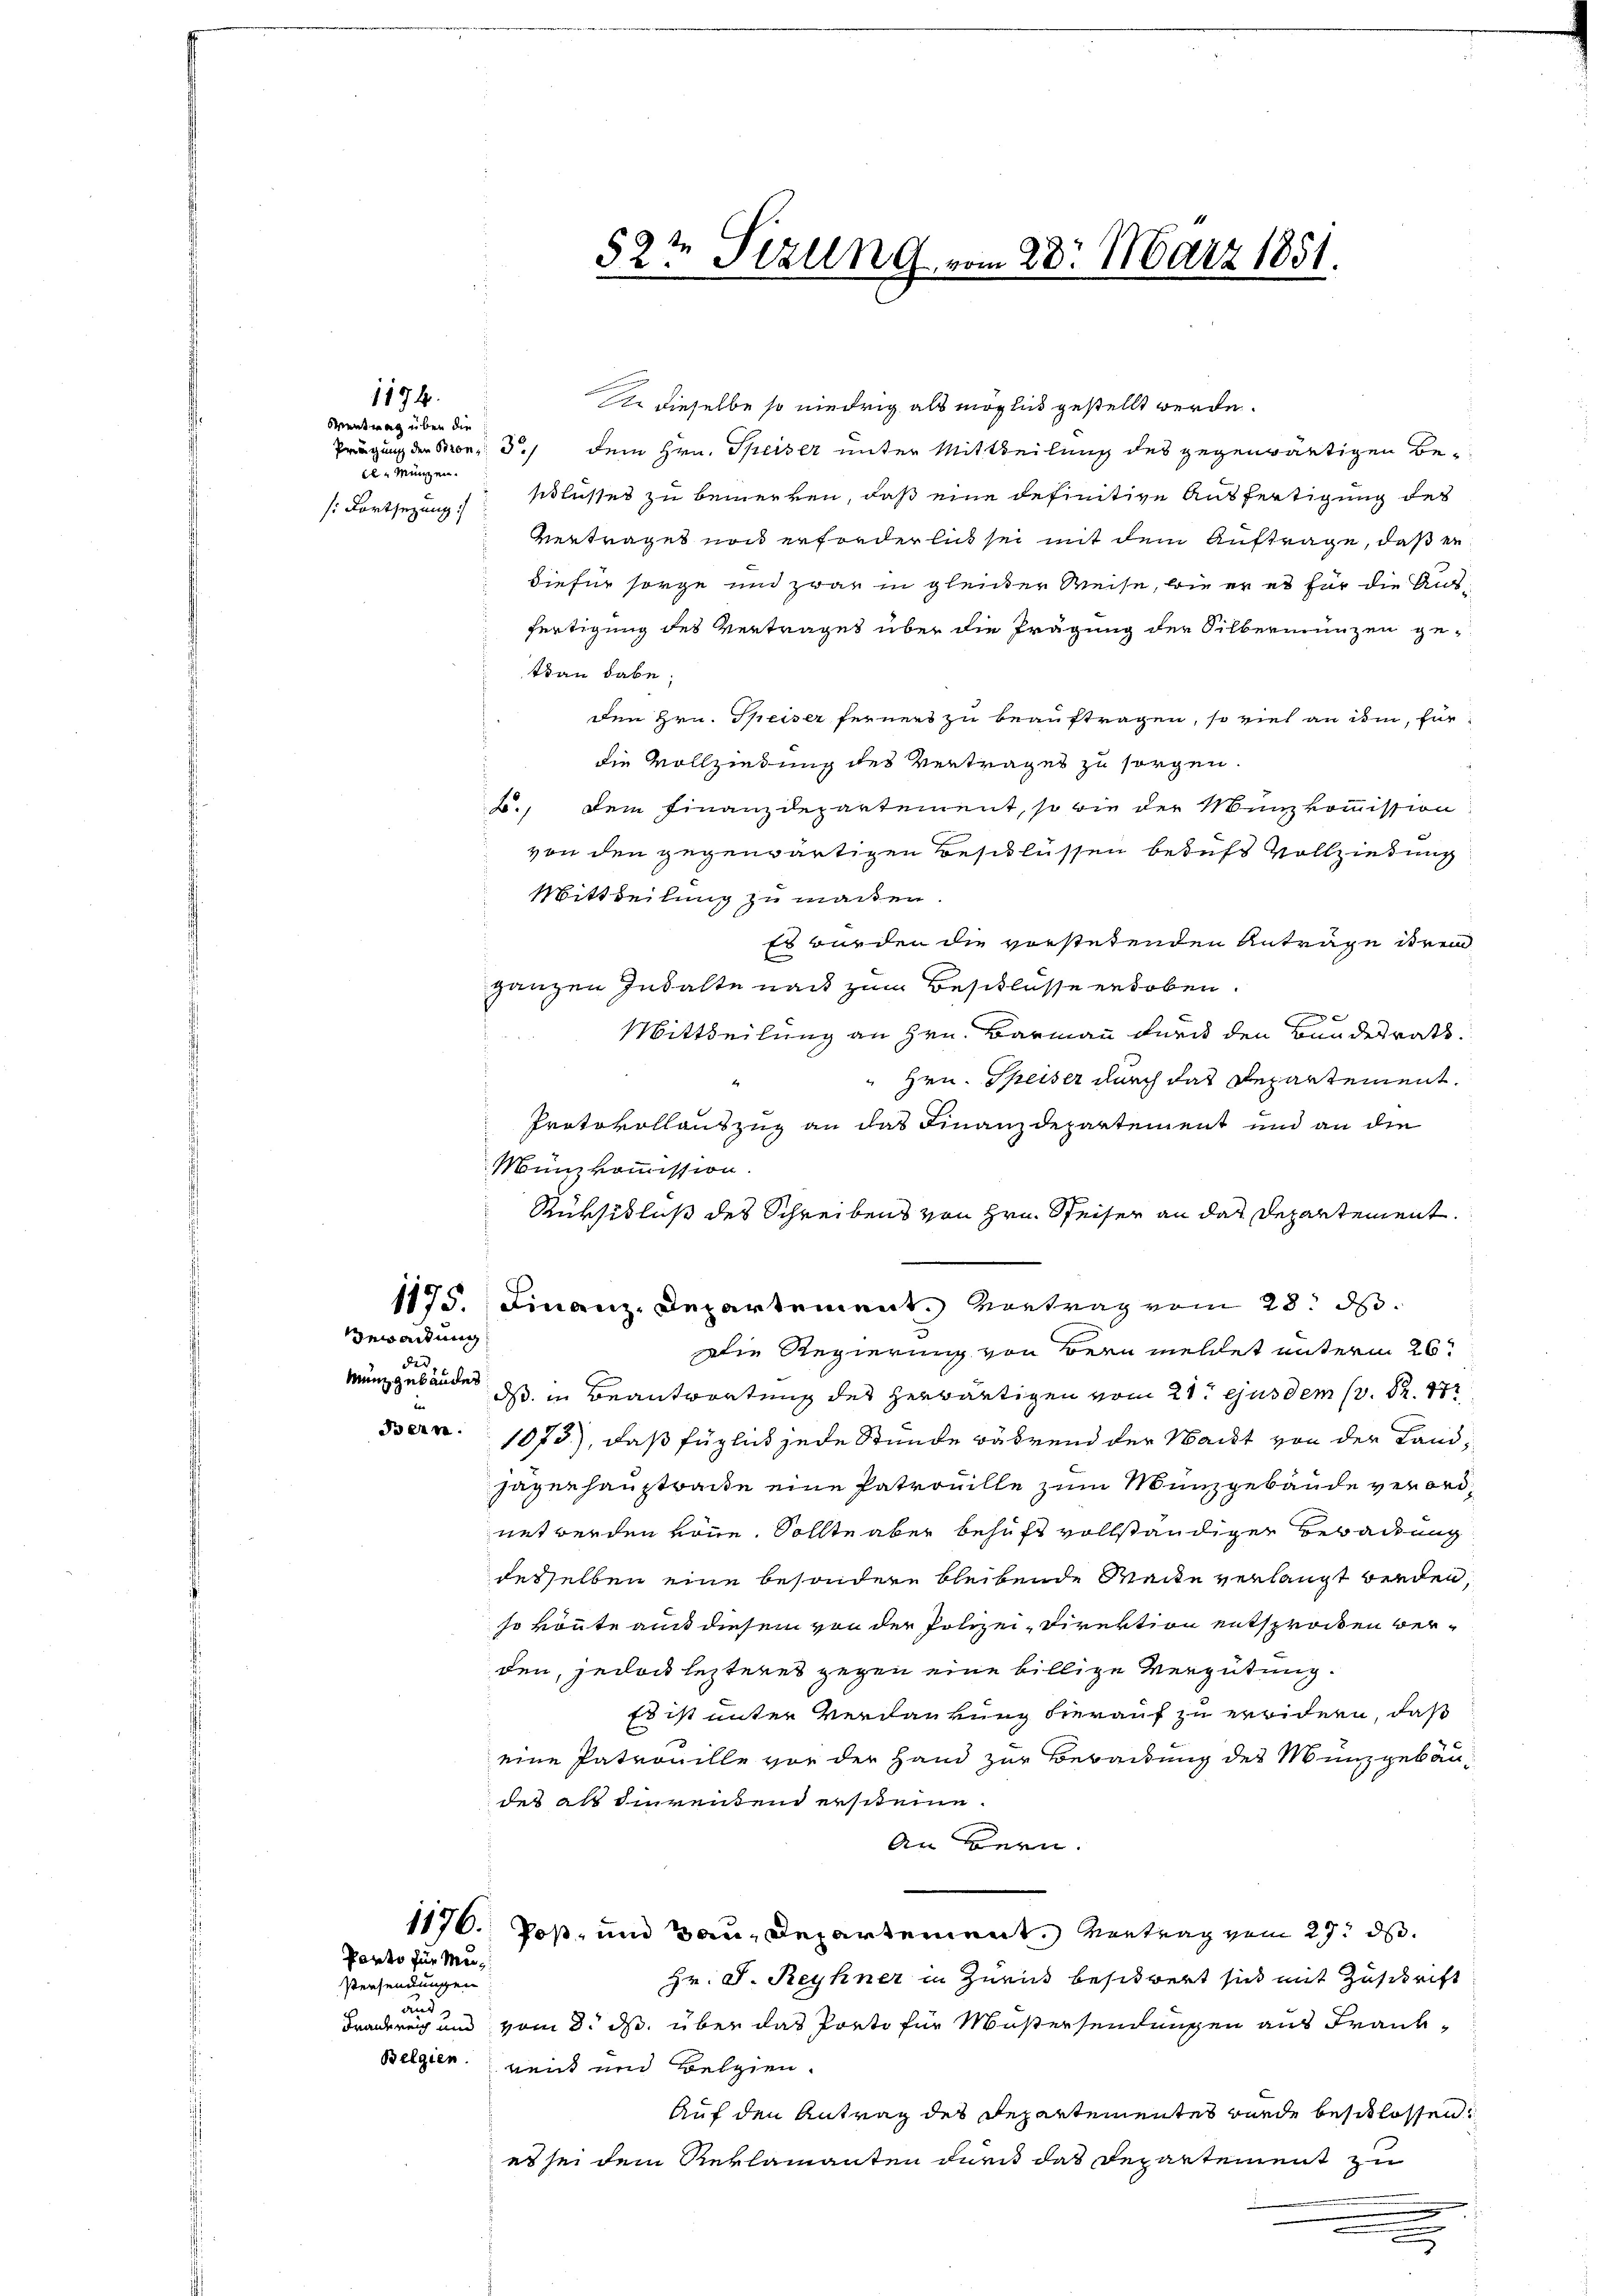
1174

Wentrag über die
Prägung den Bronz: 3
een Münzen.

ewartung
der
Münz gebäudet.

Panto für Mu¬

Versendungen
ans

52t Sizung vom 28. März 1851.

Die dieselbe so niedrig als möglich gestellt werde.
dem Hrn. Speiser unter Mittheilung des gegenwärtigen Bes Fortsezungslusses zu bemerken, daß eine definitive Ausfertigung des
Vertrages noch erforderlich sei mit dem Auftrage, daß er
diefür sorge und zwar in gleicher Weise, wie er es für die Ausfertigung des Vertrages über die Prägung der Silbermünzen ge-
tan habe.
den Hrn. Speiser ferners zu beauftragen, so viel an ihm, für
die Vollziehung des Vertrages zu sorgen.
B., dem Finanzdepartement, so wie der Münzkommission
von den gegenwärtigen Beschlüssen berufs Vollziehung
Mittheilung zu machen.
Es wurden die vorstetenden Anträge ihrem
ganzen Inhalte nach zum Beschlüsse erhoben.
F
Mittheilung an Hrn. Barmann durch den Bundesrath.
Hrn. Speiser durch das Departement.
Protokollauszug an das Finanzdepartement und an die
Münzkommission.
Rüksidlus des Schreibens von Hrn. Speiser an das Departement.
1175. Finanz-Departement. Vortrag vom 28. ds.
Die Regierung von Bern meldet unterm 26.
ds in Beantwortung des herwärtigen vom 21t ejus dem 1. 82. 17
Bern. 1073), daß füglich jede Stunde während der Nacht von der Landjagen hauptbacke eine Patrouille zum Münzgebäude verordnet werden könne. Sollte aber behuft vollständiger Bebackung
desselben eine besondere bleibende Wacke verlangt werden,
so könnte aus diesem von der Polizei- Direktion entsprocken verden, jedoch lezteres gegen eine billige Vergütung.
Es ist unter Verdankung hierauf zu erwidern, daß
eine Patrouille vor der Hand zur Bebackung des Münzgebäudes als direntend ersteine
An Bern.
1176. Poß- und Bau-Departement. Vortrag vom 27. ds.
Hr. J. Reyhner in Zürich besitzert sich mit Zuschrift
Frankreich und vom 3. ds. über das Porto für Mustersendungen aus Frank¬
Belgien weit und Belgien.
Auf den Antrag des Departementes wurde beschlossen.
es sei dem Reklamanten durch das Departement zu
e
.
.